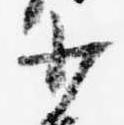
少